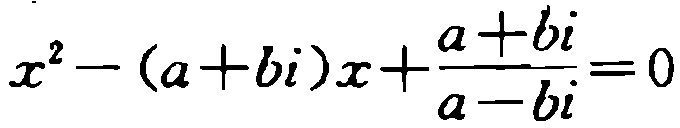
\(x^{2}-(a + bi)x+\frac{a + bi}{a - bi}=0\)